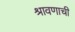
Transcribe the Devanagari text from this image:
श्रावणाची